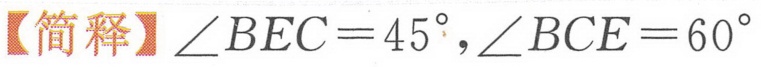
【简释】\(\angle BEC = 45^{\circ},\angle BCE = 60^{\circ}\)